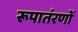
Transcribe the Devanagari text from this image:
रूपातंरणों